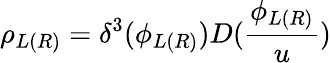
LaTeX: \rho_{L(R)}=\delta^{3}(\phi_{L(R)})D(\frac{\phi_{L(R)}}u)